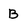
Character: B